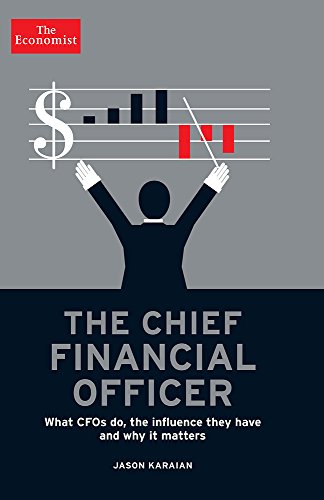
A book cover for The Chief Financial Officer: What CFOs Do, the Influence they Have, and Why it Matters (Economist Books); The Economist; Business & Money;